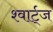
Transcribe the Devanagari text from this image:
श्वार्ट्‌ज